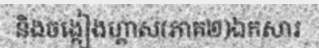
និងចង្កៀងហ្គាស(ភាគ២)ឯកសារ